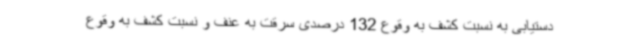
دستیابی به نسبت کشف به وقوع 132 درصدی سرقت به عنف و نسبت کشف به وقوع